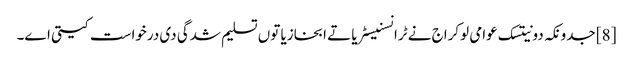
[8] جدونکہ دونیتسک عوامی لوکراج نے ٹرانسنیسٹریا تے ابخازیا توں تسلیم شدگی دی درخواست کیتی اے۔